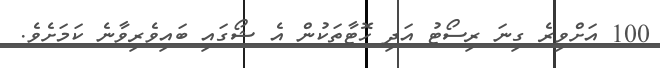
100 އަށްވިރެ ގިނަ ރިސޯޓު އަދި ހޮޓާތަކުން އެ ޝޯގައި ބައިވެރިވާނެ ކަމަށެވެ.